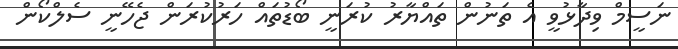
ނަސީމް ވިދާޅުވީ އެ ތަނުން ތައްޔާރު ކުރަނީ ބޯޑުތައް ހަރުކުރަން ޖެހޭނީ ސެލްކޯން